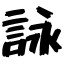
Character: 詠